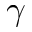
\ensuremath { \gamma }